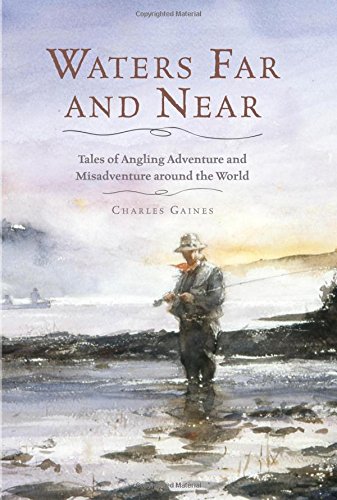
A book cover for Waters Far and Near: Tales of Angling Adventure and Misadventure Around the World; Charles Gaines; Sports & Outdoors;